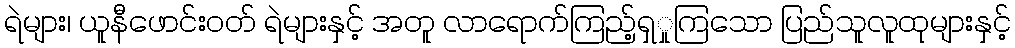
ရဲများ၊ ယူနီဖောင်းဝတ် ရဲများနှင့် အတူ လာရောက်ကြည့်ရှှုကြသော ပြည်သူလူထုများနှင့်